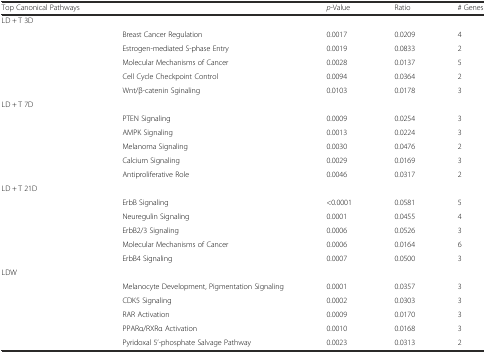
<table><thead><tr><td><b>Top Canonical Pathways</b></td><td></td><td><b><i>p</i>-Value</b></td><td><b>Ratio</b></td><td><b># Genes</b></td></tr></thead><tbody><tr><td colspan="5">LD + T 3D</td></tr><tr><td></td><td>Breast Cancer Regulation</td><td>0.0017</td><td>0.0209</td><td>4</td></tr><tr><td></td><td>Estrogen-mediated S-phase Entry</td><td>0.0019</td><td>0.0833</td><td>2</td></tr><tr><td></td><td>Molecular Mechanisms of Cancer</td><td>0.0028</td><td>0.0137</td><td>5</td></tr><tr><td></td><td>Cell Cycle Checkpoint Control</td><td>0.0094</td><td>0.0364</td><td>2</td></tr><tr><td></td><td>Wnt/β-catenin Sginaling</td><td>0.0103</td><td>0.0178</td><td>3</td></tr><tr><td colspan="5">LD + T 7D</td></tr><tr><td></td><td>PTEN Signaling</td><td>0.0009</td><td>0.0254</td><td>3</td></tr><tr><td></td><td>AMPK Signaling</td><td>0.0013</td><td>0.0224</td><td>3</td></tr><tr><td></td><td>Melanoma Signaling</td><td>0.0030</td><td>0.0476</td><td>2</td></tr><tr><td></td><td>Calcium Signaling</td><td>0.0029</td><td>0.0169</td><td>3</td></tr><tr><td></td><td>Antiproliferative Role</td><td>0.0046</td><td>0.0317</td><td>2</td></tr><tr><td colspan="5">LD + T 21D</td></tr><tr><td></td><td>ErbB Signaling</td><td>&lt;0.0001</td><td>0.0581</td><td>5</td></tr><tr><td></td><td>Neuregulin Signaling</td><td>0.0001</td><td>0.0455</td><td>4</td></tr><tr><td></td><td>ErbB2/3 Signaling</td><td>0.0006</td><td>0.0526</td><td>3</td></tr><tr><td></td><td>Molecular Mechanisms of Cancer</td><td>0.0006</td><td>0.0164</td><td>6</td></tr><tr><td></td><td>ErbB4 Signaling</td><td>0.0007</td><td>0.0500</td><td>3</td></tr><tr><td colspan="5">LDW</td></tr><tr><td></td><td>Melanocyte Development, Pigmentation Signaling</td><td>0.0001</td><td>0.0357</td><td>3</td></tr><tr><td></td><td>CDK5 Signaling</td><td>0.0002</td><td>0.0303</td><td>3</td></tr><tr><td></td><td>RAR Activation</td><td>0.0009</td><td>0.0170</td><td>3</td></tr><tr><td></td><td>PPARα/RXRα Activation</td><td>0.0010</td><td>0.0168</td><td>3</td></tr><tr><td></td><td>Pyridoxal 5’-phosphate Salvage Pathway</td><td>0.0023</td><td>0.0313</td><td>2</td></tr></tbody></table>